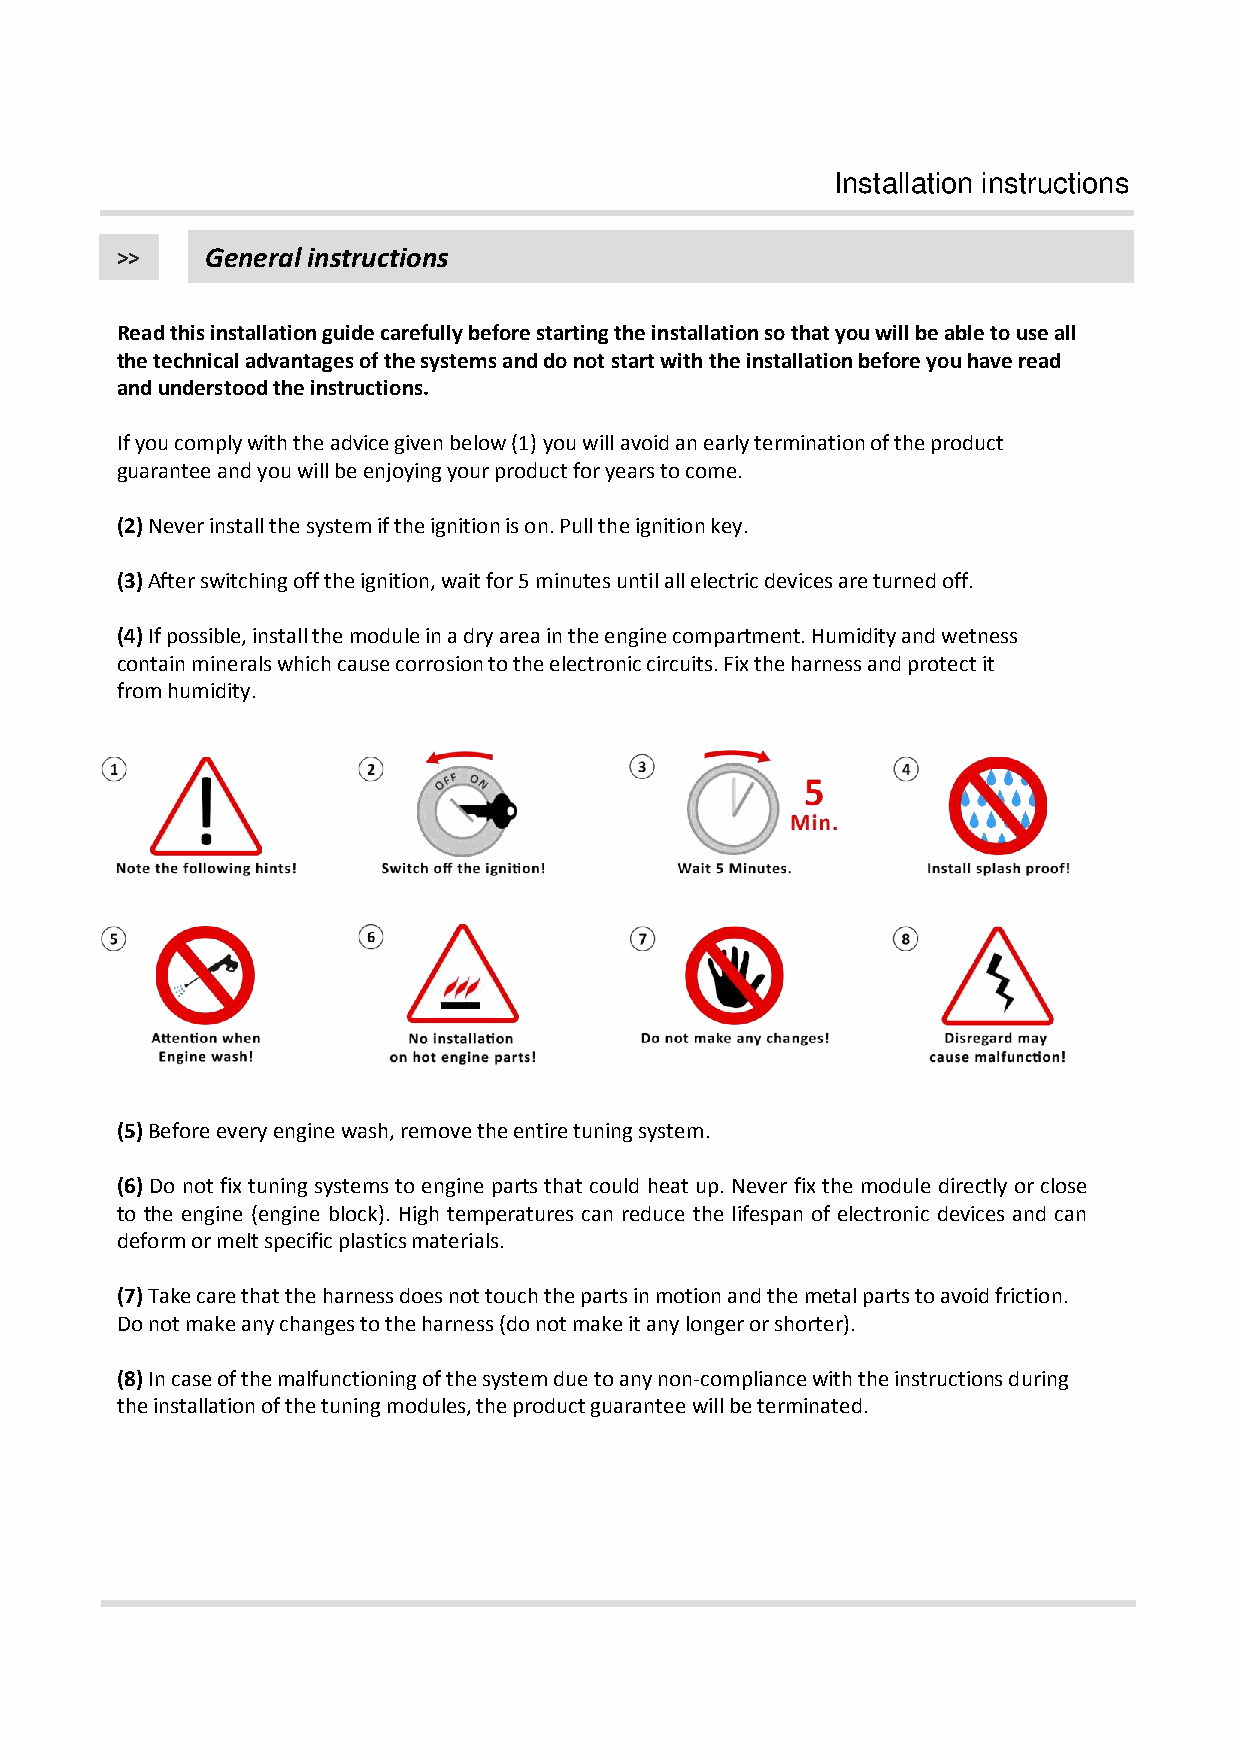
Installation instructions
 >>    General instructions
 Read this installation guide carefully before starting the installation so that you will be able to use all
 the technical advantages of the systems and do not start with the installation before you have read
 and understood the instructions.
 If you comply with the advice given below (1) you will avoid an early termination of the product
 guarantee and you will be enjoying your product for years to come.
 (2)Neverinstallthesystemiftheignitionison.Pulltheignitionkey.
 (3) After switching off the ignition, wait for 5 minutes until all electric devices are turned off.
 (4) If possible, install the module in a dry area in the engine compartment. Humidity and wetness
 contain minerals which cause corrosion to the electronic circuits. Fix the harness and protect it
 from humidity.
 (5)Beforeeveryenginewash,removetheentiretuningsystem.
 (6) Do not fixtuning systems to engine parts that could heat up. Never fix the module directly or close
 to the engine (engine block). High temperatures can reduce the lifespan of electronic devices and can
 deformormeltspecificplasticsmaterials.
 (7)Take care that the harness does not touch the parts in motion and the metal parts to avoid friction.
 Do not make any changes to the harness (do not make it any longer or shorter).
 (8)In case of the malfunctioning of the system due to any non‐compliance with the instructions during
 the installation of the tuning modules, the product guarantee will be terminated.
 4